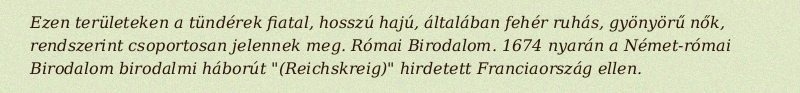
Ezen területeken a tündérek fiatal, hosszú hajú, általában fehér ruhás, gyönyörű nők, rendszerint csoportosan jelennek meg. Római Birodalom. 1674 nyarán a Német-római Birodalom birodalmi háborút "(Reichskreig)" hirdetett Franciaország ellen.